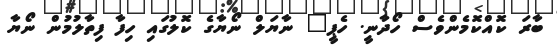
ބާރަ ކޮއްކޮމެންވެސް ހޯދާނީ. ހެޕީ" ނާޔަލް ނޯޔާގެ ކޮލުގައި ހިފާ ފިތާލުމުން ނޯޔާ